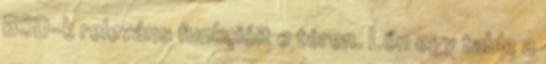
BSD-k releváns funkcióit e téren. Lőn egy table a